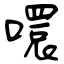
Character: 噮